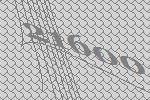
21600